Annual report of the Central Committee of the Association together with the report of the directors of the Pasteur Institute at Kasauli
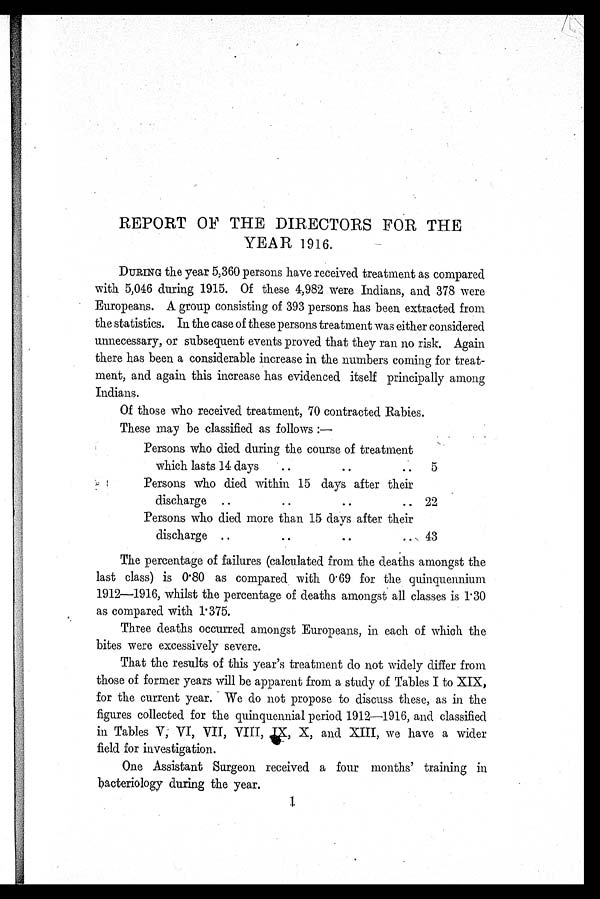
REPORT OF THE DIRECTORS FOR THE
YEAR 1916.
DURING the year 5,360 persons have received treatment as compared
with 5,046 during 1915. Of these 4,982 were Indians, and 378 were
Europeans. A group consisting of 393 persons has been extracted from
the statistics. In the case of these persons treatment was either considered
unnecessary, or subsequent events proved that they ran no risk. Again
there has been a considerable increase in the numbers coming for treat
-ment, and again this increase has evidenced itself principally among
Indians.
Of those who received treatment, 70 contracted Rabies.
These may be classified as follows:—
Persons who died during the course of treatment
which lasts 14 days . . .
5
Persons who died within 15 days after their
d i s c h a r g e . . .
22
Persons who died more than 15 days after their
d i s c h a r g e . . .
43
The percentage of failures (calculated from the deaths amongst the
last class) is 0.80 as compared with 0.69 for the quinquennium
1912—1916, whilst the percentage of deaths amongst all classes is 1.30
as compared with 1.375.
Three deaths occurred amongst Europeans, in each of which the
bites were excessively severe.
That the results of this year's treatment do not widely differ from
those of former years will be apparent from a study of Tables I to XIX,
for the current year. We do not propose to discuss these, as in the
figures collected for the quinquennial period 1912—1916, and classified
in Tables V, VI, VII, VIII, IX, X, and XIII, we have a wider
field for investigation.
One Assistant Surgeon received a four months' training in
bacteriology during the year.
1